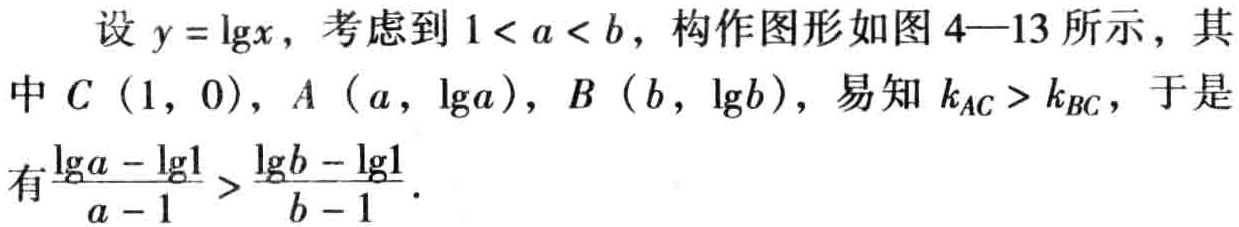
设 \(y = \lg x\)，考虑到 \(1 < a < b\)，构作图形如图 4—13 所示，其中 \(C(1,0)\)，\(A(a,\lg a)\)，\(B(b,\lg b)\)，易知 \(k_{AC} > k_{BC}\)，于是有\(\frac{\lg a - \lg 1}{a - 1} > \frac{\lg b - \lg 1}{b - 1}\)。